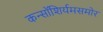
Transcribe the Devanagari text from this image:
कन्सॉशिर्यमसमोर